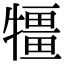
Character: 㹔